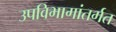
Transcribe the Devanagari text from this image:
उपविभागांतर्गत